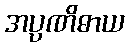
အပ္ပဏိဓာယ